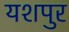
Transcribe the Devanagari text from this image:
यशपुर